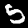
Label: 5